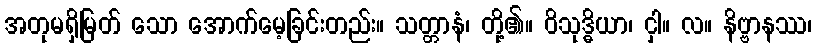
အတုမရှိမြတ် သော အောက်မေ့ခြင်းတည်း။ သတ္တာနံ၊ တို့၏။ ဝိသုဒ္ဓိယာ၊ ငှါ။ လ။ နိဗ္ဗာနဿ၊